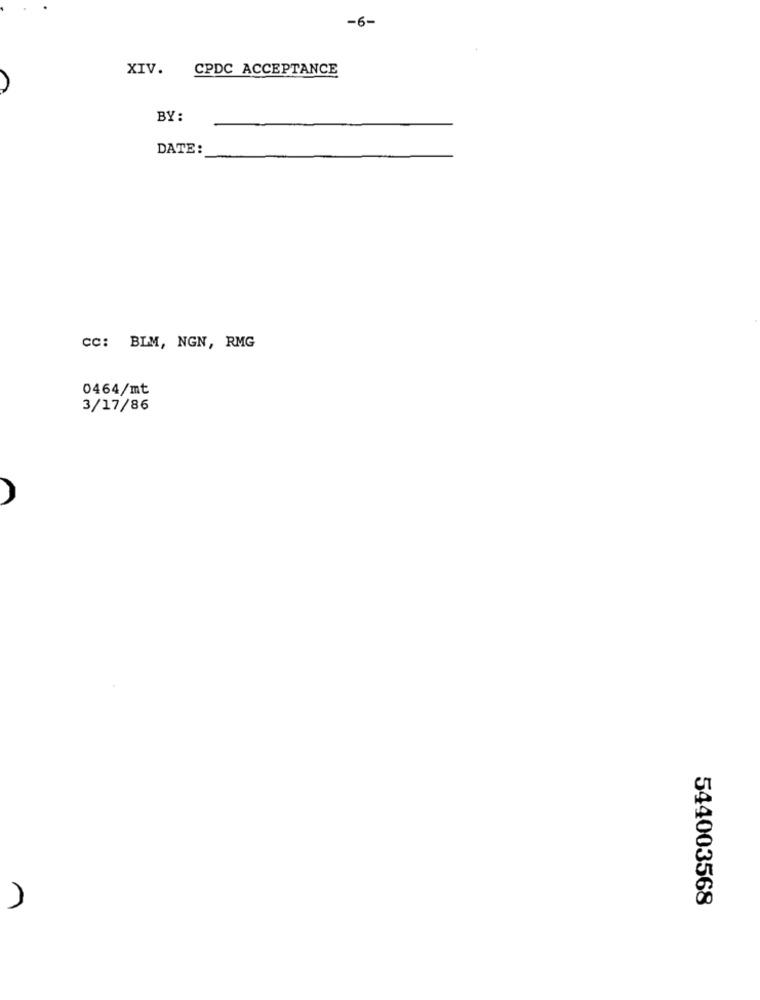
-6-
XIV.
CPDC ACCEPTANCE
BY:
DATE :
CC: BLM, NGN, RMG
0464/mt
3/17/86
544003568